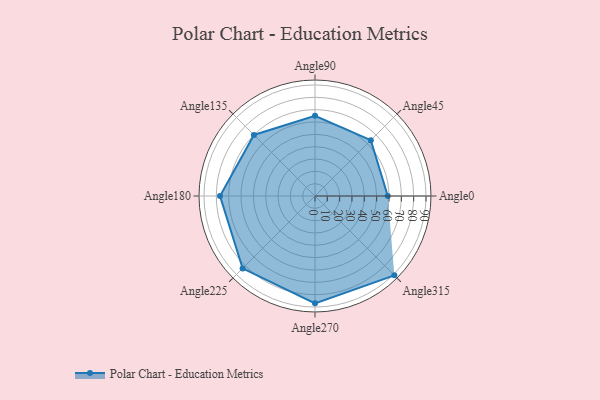
{"axis": {"x": "Angle", "y": "Radius"}, "legend": [""], "data": [{"x": "Angle0", "y": 59.0, "type": ""}, {"x": "Angle45", "y": 64.0, "type": ""}, {"x": "Angle90", "y": 65.0, "type": ""}, {"x": "Angle135", "y": 70.0, "type": ""}, {"x": "Angle180", "y": 77.0, "type": ""}, {"x": "Angle225", "y": 83.0, "type": ""}, {"x": "Angle270", "y": 87.0, "type": ""}, {"x": "Angle315", "y": 91.0, "type": ""}]}